Indian journal of veterinary science and animal husbandry - Volumes 28-29, 1958-1959
Year: 1958
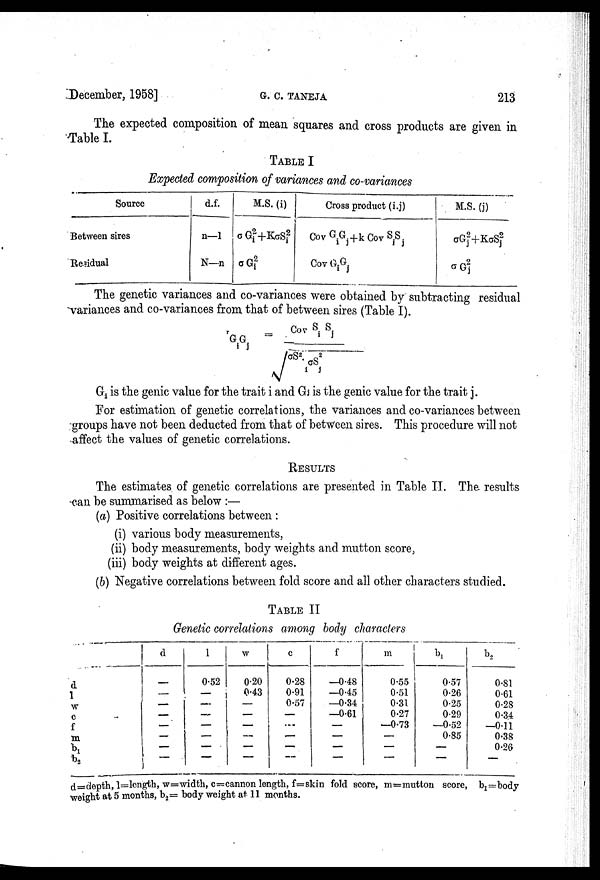
December, 1958]
G.
C.
TANEJA
213
The expected composition of mean squares and cross products are given in
Table I.
TABLE I
Expected composition of variances and co-variances
Source
Between sires
Residual
d.f.
n—1
N—n
M.S. (i)
σG 2
i +KσS 2
i
σG 2
i
Cross product (i.j)
Cov G i G j +k Cov S i S j
Cov G i G j
M.S. (j)
σG 2
j +KσS 2
j
σG 2
j
The genetic variances and co-variances were obtained by subtracting residual
variances and co-variances from that of between sires (Table I).
r G i G j =Cov S i S j /σS 2 . i σS 2
j
G i is the genic value for the trait i and G j is the genic value for the trait j.
For estimation of genetic correlations, the variances and co-variances between
groups have not been deducted from that of between sires. This procedure will not
affect the values of genetic correlations.
RESULTS
The estimates of genetic correlations are presented in Table II. The results
can be summarised as below :—
(a) Positive correlations between :
(i) various body measurements,
(ii) body measurements, body weights and mutton score,
(iii) body weights at different ages.
(b) Negative correlations between fold score and all other characters studied.
TABLE II
Genetic correlations among body characters
d
1
w
c
f
m
b 1
b 2
d
—
—
—
—
—
—
—
—
1
0.52
—
—
—
—
—
—
—
w
0.20
0.43
—
—
—
—
—
—
c
0.28
0.91
0.57
—
—
—
—
—
f
—0.48
—0.45
—0.34
—0.61
—
—
—
—
m
0.55
0.51
0.31
0.27
—0.73
—
—
—
b 1
0.57
0.26
0.25
0.29
—0.52
0.85
—
—
b 2
0.81
0.61
0.28
0.34
—0.11
0.38
0.26
—
d=depth, 1=length, w=width, c=cannon length, f=skin fold score, m=mutton score, b 1 =body
weight at 5 months, b 2 = body weight at 11 months.